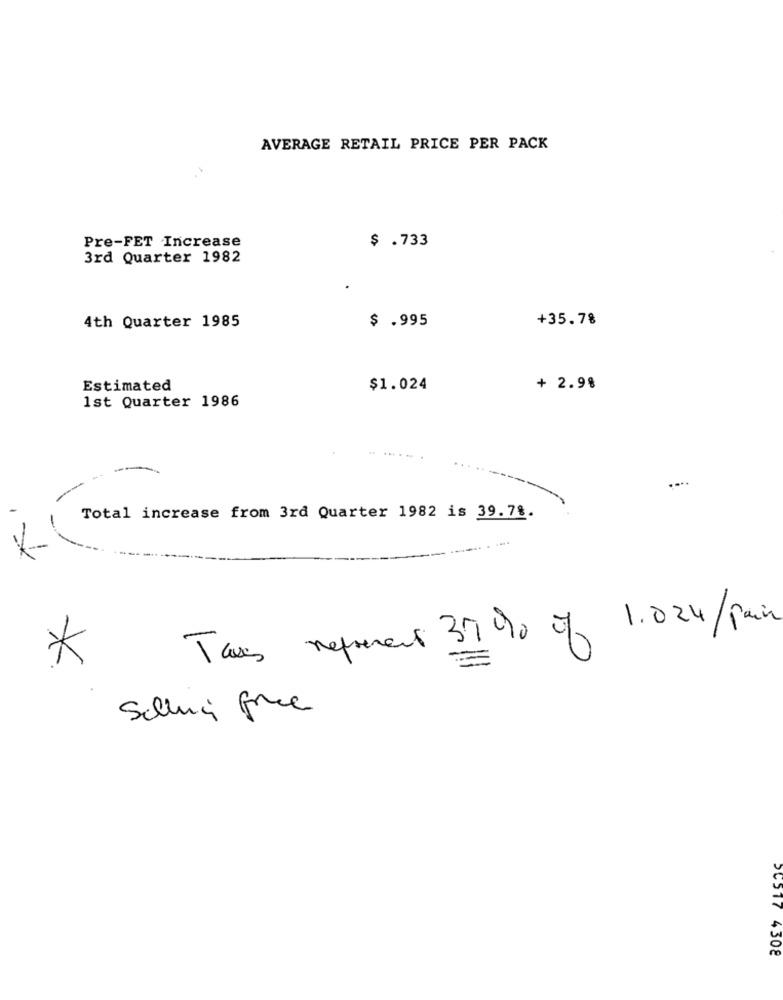
AVERAGE RETAIL PRICE PER PACK
$ .733
Pre-FET Increase
3rd Quarter 1982
$ .995
+35.78
4th Quarter 1985
Estimated
$1.024
+ 2.98
1st Quarter 1986
....
Total increase from 3rd Quarter 1982 is 39.78.
Taxes represent 37 % of 1.024/Pain
*
Salli free
56517 4308